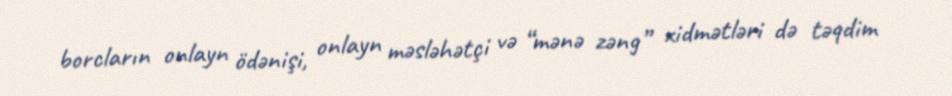
borcların onlayn ödənişi, onlayn məsləhətçi və “mənə zəng” xidmətləri də təqdim